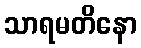
သာရမတိနော